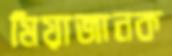
মিয়াজানক